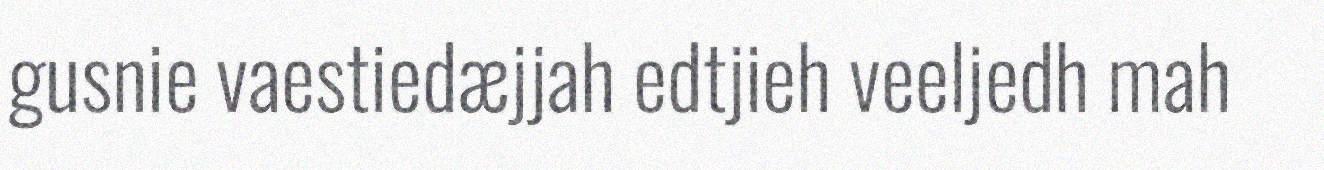
gusnie vaestiedæjjah edtjieh veeljedh mah